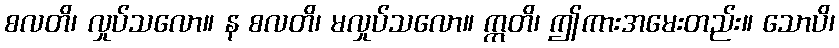
စလတိ၊ လှုပ်သလော။ န စလတိ၊ မလှုပ်သလော။ ဣတိ၊ ဤကားအမေးတည်း။ သောပိ၊